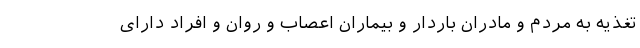
تغذیه به مردم و مادران باردار و بیماران اعصاب و روان و افراد دارای